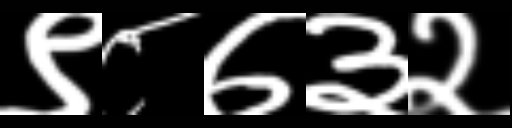
Text: ९८७३२